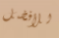
للأفضل